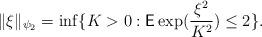
LaTeX: \begin{align*}\Vert \xi\Vert_{\psi_{2}}=\inf\{K>0: \textsf{E}\exp(\frac{\xi^{2}}{K^{2}})\le 2 \}.\end{align*}